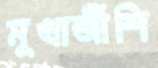
মুখার্জীশি